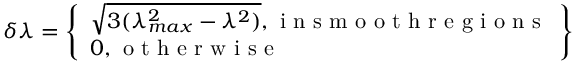
\delta \lambda = \left\{ \begin{array} { l } { \sqrt { 3 ( \lambda _ { m a x } ^ { 2 } - \lambda ^ { 2 } ) } , \mathrm { ~ i ~ n ~ s ~ m ~ o ~ o ~ t ~ h ~ r ~ e ~ g ~ i ~ o ~ n ~ s ~ } } \\ { 0 , \mathrm { ~ o ~ t ~ h ~ e ~ r ~ w ~ i ~ s ~ e ~ } } \end{array} \right\}